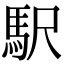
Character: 駅